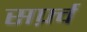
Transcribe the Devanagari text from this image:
सर्फ़्व